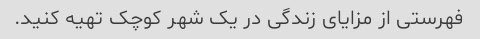
فهرستی از مزایای زندگی در یک شهر کوچک تهیه کنید.